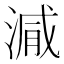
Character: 𣺁